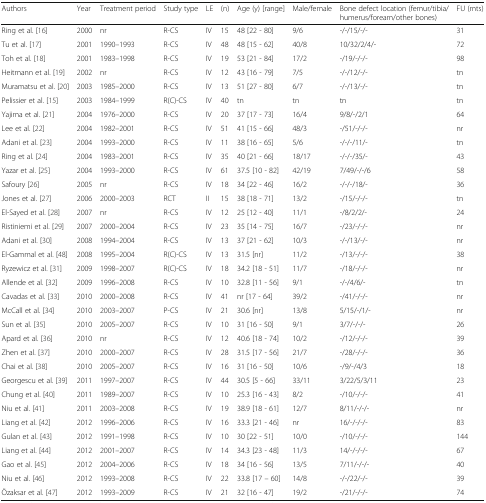
<table><thead><tr><td><b>Authors</b></td><td><b>Year</b></td><td><b>Treatment period</b></td><td><b>Study type</b></td><td><b>LE</b></td><td><b>(n)</b></td><td><b>Age (y) [range]</b></td><td><b>Male/female</b></td><td><b>Bone defect location (femur/tibia/humerus/foream/other bones)</b></td><td><b>FU (mts)</b></td></tr></thead><tbody><tr><td>Ring et al. [16]</td><td>2000</td><td>nr</td><td>R-CS</td><td>IV</td><td>15</td><td>48 [22 - 80]</td><td>9/6</td><td>-/-/15/-/-</td><td>31</td></tr><tr><td>Tu et al. [17]</td><td>2001</td><td>1990–1993</td><td>R-CS</td><td>IV</td><td>48</td><td>48 [15 - 62]</td><td>40/8</td><td>10/32/2/4/-</td><td>72</td></tr><tr><td>Toh et al. [18]</td><td>2001</td><td>1983–1998</td><td>R-CS</td><td>IV</td><td>19</td><td>53 [21 - 84]</td><td>17/2</td><td>-/19/-/-/-</td><td>98</td></tr><tr><td>Heitmann et al. [19]</td><td>2002</td><td>nr</td><td>R-CS</td><td>IV</td><td>12</td><td>43 [16 - 79]</td><td>7/5</td><td>-/-/12/-/-</td><td>tn</td></tr><tr><td>Muramatsu et al. [20]</td><td>2003</td><td>1985–2000</td><td>R-CS</td><td>IV</td><td>13</td><td>51 [27 - 80]</td><td>6/7</td><td>-/-/13/-/-</td><td>tn</td></tr><tr><td>Pelissier et al. [15]</td><td>2003</td><td>1984–1999</td><td>R(C)-CS</td><td>IV</td><td>40</td><td>tn</td><td>tn</td><td>tn</td><td>tn</td></tr><tr><td>Yajima et al. [21]</td><td>2004</td><td>1976–2000</td><td>R-CS</td><td>IV</td><td>20</td><td>37 [17 - 73]</td><td>16/4</td><td>9/8/-/2/1</td><td>64</td></tr><tr><td>Lee et al. [22]</td><td>2004</td><td>1982–2001</td><td>R-CS</td><td>IV</td><td>51</td><td>41 [15 - 66]</td><td>48/3</td><td>-/51/-/-/-</td><td>nr</td></tr><tr><td>Adani et al. [23]</td><td>2004</td><td>1993–2000</td><td>R-CS</td><td>IV</td><td>11</td><td>38 [16 - 65]</td><td>5/6</td><td>-/-/-/11/-</td><td>tn</td></tr><tr><td>Ring et al. [24]</td><td>2004</td><td>1983–2001</td><td>R-CS</td><td>IV</td><td>35</td><td>40 [21 - 66]</td><td>18/17</td><td>-/-/-/35/-</td><td>43</td></tr><tr><td>Yazar et al. [25]</td><td>2004</td><td>1993–2000</td><td>R-CS</td><td>IV</td><td>61</td><td>37.5 [10 - 82]</td><td>42/19</td><td>7/49/-/-/6</td><td>58</td></tr><tr><td>Safoury [26]</td><td>2005</td><td>nr</td><td>R-CS</td><td>IV</td><td>18</td><td>34 [22 - 46]</td><td>16/2</td><td>-/-/-/18/-</td><td>36</td></tr><tr><td>Jones et al. [27]</td><td>2006</td><td>2000–2003</td><td>RCT</td><td>II</td><td>15</td><td>38 [18 - 71]</td><td>13/2</td><td>-/15/-/-/-</td><td>tn</td></tr><tr><td>El-Sayed et al. [28]</td><td>2007</td><td>nr</td><td>R-CS</td><td>IV</td><td>12</td><td>25 [12 - 40]</td><td>11/1</td><td>-/8/2/2/-</td><td>24</td></tr><tr><td>Ristiniemi et al. [29]</td><td>2007</td><td>2000–2004</td><td>R-CS</td><td>IV</td><td>23</td><td>35 [14 - 75]</td><td>16/7</td><td>-/23/-/-/-</td><td>nr</td></tr><tr><td>Adani et al. [30]</td><td>2008</td><td>1994–2004</td><td>R-CS</td><td>IV</td><td>13</td><td>37 [21 - 62]</td><td>10/3</td><td>-/-/13/-/-</td><td>nr</td></tr><tr><td>El-Gammal et al. [48]</td><td>2008</td><td>1995–2004</td><td>R(C)-CS</td><td>IV</td><td>13</td><td>31.5 [nr]</td><td>11/2</td><td>-/13/-/-/-</td><td>38</td></tr><tr><td>Ryzewicz et al. [31]</td><td>2009</td><td>1998–2007</td><td>R(C)-CS</td><td>IV</td><td>18</td><td>34.2 [18 - 51]</td><td>11/7</td><td>-/18/-/-/-</td><td>nr</td></tr><tr><td>Allende et al. [32]</td><td>2009</td><td>1996–2008</td><td>R-CS</td><td>IV</td><td>10</td><td>32.8 [11 - 56]</td><td>9/1</td><td>-/-/4/6/-</td><td>tn</td></tr><tr><td>Cavadas et al. [33]</td><td>2010</td><td>2000–2008</td><td>R-CS</td><td>IV</td><td>41</td><td>nr [17 - 64]</td><td>39/2</td><td>-/41/-/-/-</td><td>nr</td></tr><tr><td>McCall et al. [34]</td><td>2010</td><td>2003–2007</td><td>P-CS</td><td>IV</td><td>21</td><td>30.6 [nr]</td><td>13/8</td><td>5/15/-/1/-</td><td>nr</td></tr><tr><td>Sun et al. [35]</td><td>2010</td><td>2005–2007</td><td>R-CS</td><td>IV</td><td>10</td><td>31 [16 - 50]</td><td>9/1</td><td>3/7/-/-/-</td><td>26</td></tr><tr><td>Apard et al. [36]</td><td>2010</td><td>nr</td><td>R-CS</td><td>IV</td><td>12</td><td>40.6 [18 - 74]</td><td>10/2</td><td>-/12/-/-/-</td><td>39</td></tr><tr><td>Zhen et al. [37]</td><td>2010</td><td>2000–2007</td><td>R-CS</td><td>IV</td><td>28</td><td>31.5 [17 - 56]</td><td>21/7</td><td>-/28/-/-/-</td><td>36</td></tr><tr><td>Chai et al. [38]</td><td>2010</td><td>2005–2007</td><td>R-CS</td><td>IV</td><td>16</td><td>31 [16 - 50]</td><td>10/6</td><td>-/9/-/4/3</td><td>18</td></tr><tr><td>Georgescu et al. [39]</td><td>2011</td><td>1997–2007</td><td>R-CS</td><td>IV</td><td>44</td><td>30.5 [5 - 66]</td><td>33/11</td><td>3/22/5/3/11</td><td>23</td></tr><tr><td>Chung et al. [40]</td><td>2011</td><td>1989–2007</td><td>R-CS</td><td>IV</td><td>10</td><td>25.3 [16 - 43]</td><td>8/2</td><td>-/10/-/-/-</td><td>41</td></tr><tr><td>Niu et al. [41]</td><td>2011</td><td>2003–2008</td><td>R-CS</td><td>IV</td><td>19</td><td>38.9 [18 - 61]</td><td>12/7</td><td>8/11/-/-/-</td><td>nr</td></tr><tr><td>Liang et al. [42]</td><td>2012</td><td>1996–2006</td><td>R-CS</td><td>IV</td><td>16</td><td>33.3 [21 - 46]</td><td>nr</td><td>16/-/-/-/-</td><td>83</td></tr><tr><td>Gulan et al. [43]</td><td>2012</td><td>1991–1998</td><td>R-CS</td><td>IV</td><td>10</td><td>30 [22 - 51]</td><td>10/0</td><td>-/10/-/-/-</td><td>144</td></tr><tr><td>Liang et al. [44]</td><td>2012</td><td>2001–2007</td><td>R-CS</td><td>IV</td><td>14</td><td>34.3 [23 - 48]</td><td>11/3</td><td>14/-/-/-/-</td><td>67</td></tr><tr><td>Gao et al. [45]</td><td>2012</td><td>2004–2006</td><td>R-CS</td><td>IV</td><td>18</td><td>34 [16 - 56]</td><td>13/5</td><td>7/11/-/-/-</td><td>40</td></tr><tr><td>Niu et al. [46]</td><td>2012</td><td>1993–2008</td><td>R-CS</td><td>IV</td><td>22</td><td>33.8 [17 – 60]</td><td>14/8</td><td>-/-/22/-/-</td><td>39</td></tr><tr><td>Özaksar et al. [47]</td><td>2012</td><td>1993–2009</td><td>R-CS</td><td>IV</td><td>21</td><td>32 [16 - 47]</td><td>19/2</td><td>-/21/-/-/-</td><td>74</td></tr></tbody></table>